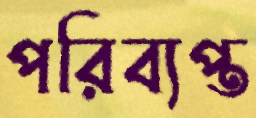
পরিব্যপ্ত